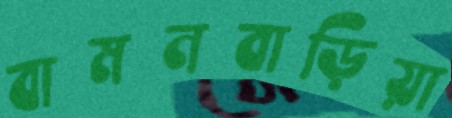
বামনবাড়িয়া